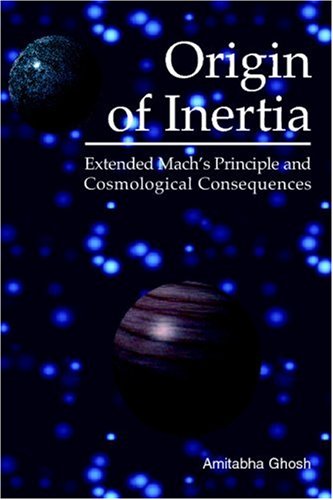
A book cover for Origin of Inertia: Extended Mach's Principle and Cosmological Consequences; Amitabha Ghosh; Science & Math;